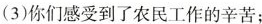
(3)你们感受到了农民工作的辛苦；